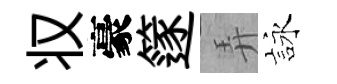
𠬧豪篴弄詠